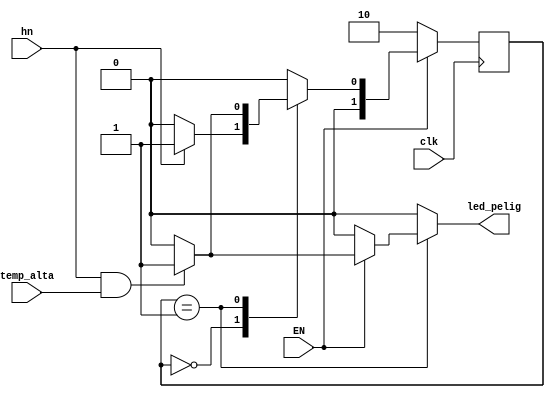
`timescale 1ns / 1ps
//////////////////////////////////////////////////////////////////////////////////
// Company: 
// Engineer: 
// 
// Design Name: 
// Module Name:    maq2 
// Project Name: 
// Target Devices: 
// Tool versions: 
// Description: 
//
// Dependencies: 
//
// Revision: 
// Revision 0.01 - File Created 
// Additional Comments: 
//
//////////////////////////////////////////////////////////////////////////////////
module maq_est(
	input wire clk, temp_alta, hn, EN,
	output reg led_pelig
    );

	localparam [1:0] 	estado_0 = 2'b00, 
							estado_1 = 2'b01,
							estado_2 = 2'b10;
							
	reg [1:0] est, est_sig;
	
	always @(posedge clk)
		if (EN)
			est <= est_sig;
		else
			est <= estado_2; 
		
	always @ * 
		begin
			est_sig = estado_0;
			led_pelig = 1'b0;
			case(est)
				estado_0:	begin
									led_pelig = 1'b0;
									if(EN)
										if(hn)
											est_sig = estado_1;
										else
											est_sig = estado_0;
									else
										est_sig = estado_2;
								end				
				estado_1:	begin
									if(EN)
										if(hn&temp_alta)
											begin
												est_sig = estado_1;
												led_pelig = 1'b1;
											end	
										else
											begin
												est_sig = estado_0;
												led_pelig = 1'b0;
											end
									else
										est_sig = estado_2;
								end				
				estado_2:	led_pelig = 1'b0;
				default:		begin
									led_pelig = 1'b0;
									if(EN)
										est_sig = estado_0;
								end
			endcase
		end
endmodule